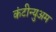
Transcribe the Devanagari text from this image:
कंटीन्युअम